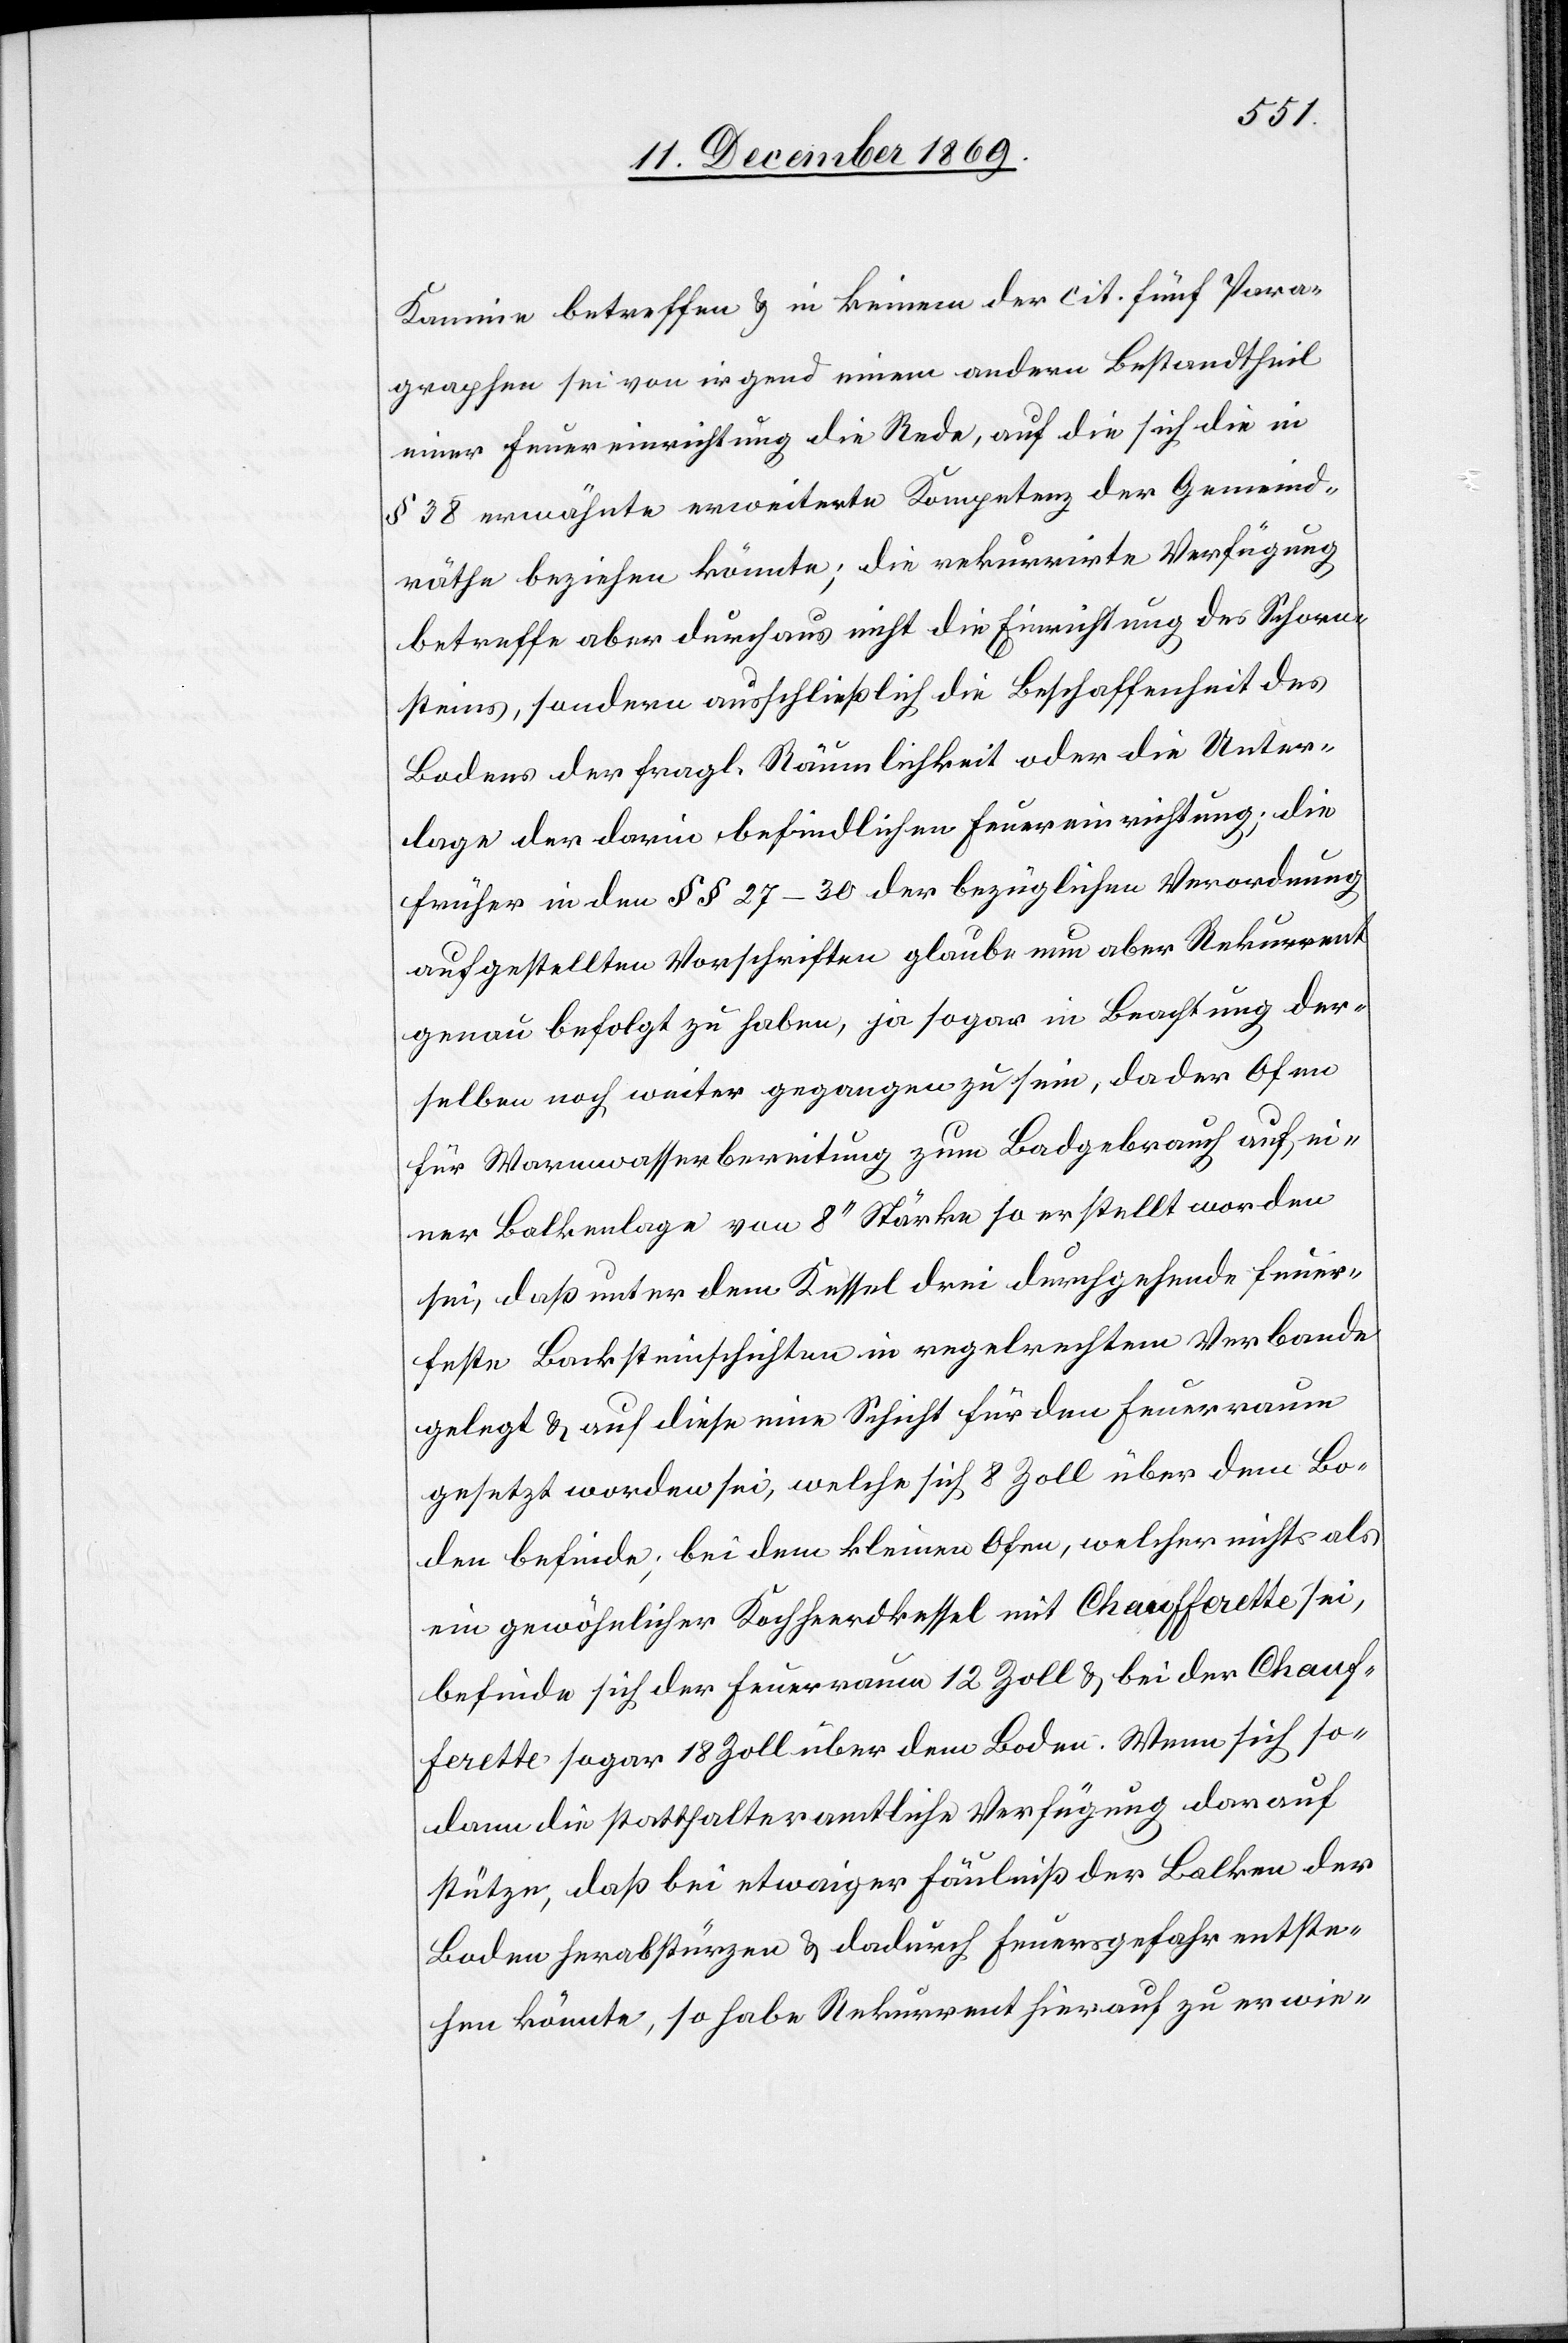
Kamine betreffen & in keinem der cit. fünf Para¬
graphen sei von irgend einem andern Bestandtheil
einer Feuereinrichtung die Rede, auf die sich die in
§ 38 erwähnte erweiterte Kompetenz der Gemeind¬
räthe beziehen könnte; die rekurrirte Verfügung
betreffe aber durchaus nicht die Einrichtung des Schorn¬
steins, sondern ausschließlich die Beschaffenheit des
Bodens der fragl. Räumlichkeit oder die Unter¬
lage der darin befindlichen Feuereinrichtung; die
früher in den §§ 27–30 der bezüglichen Verordnung
aufgestellten Vorschriften glaube nun aber Rekurrent
genau befolgt zu haben, ja sogar in Beachtung der¬
selben noch weiter gegangen zu sein, da der Ofen
für Warmwasserbereitung zum Badgebrauch auf ei¬
ner Balkenlage von 8‘‘ Stärke so erstellt worden
sei, daß unter dem Kessel drei durchgehende feuer¬
feste Backsteinschichten in regelrechtem Verbande
gelegt & auf diese eine Schicht für den Feuerraum
gesetzt worden sei, welche sich 8 Zoll über dem Bo¬
den befinde; bei dem kleinen Ofen, welcher nichts als
ein gewöhnlicher Kochheerdkessel mit Chaufferette sei,
befinde sich der Feuerraum 12 Zoll & bei der Chauf¬
ferette sogar 18 Zoll über dem Boden. Wenn sich so¬
dann die statthalteramtliche Verfügung darauf
stütze, daß bei etwaiger Fäulniß der Balken der
Boden herabstürzen & dadurch Feuersgefahr entste¬
hen könnte, so habe Rekurrent hierauf zu erwie-